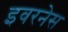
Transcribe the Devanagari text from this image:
इवरनेस